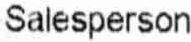
SALESPERSON